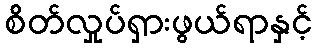
စိတ်လှုပ်ရှားဖွယ်ရာနှင့်